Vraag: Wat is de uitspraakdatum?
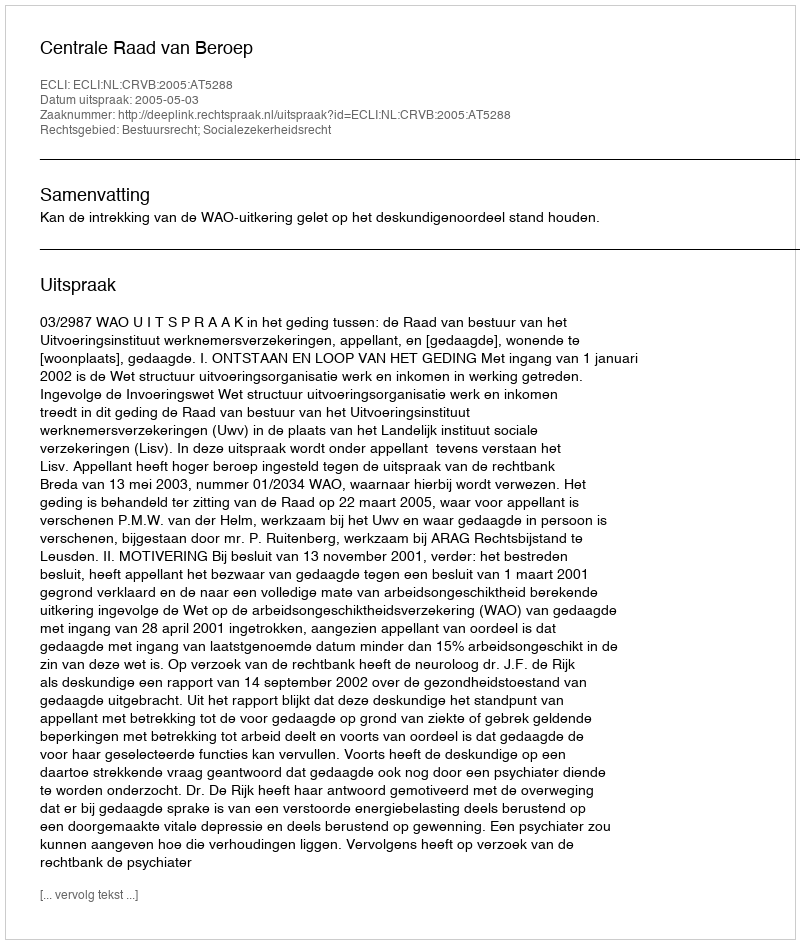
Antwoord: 2005-05-03